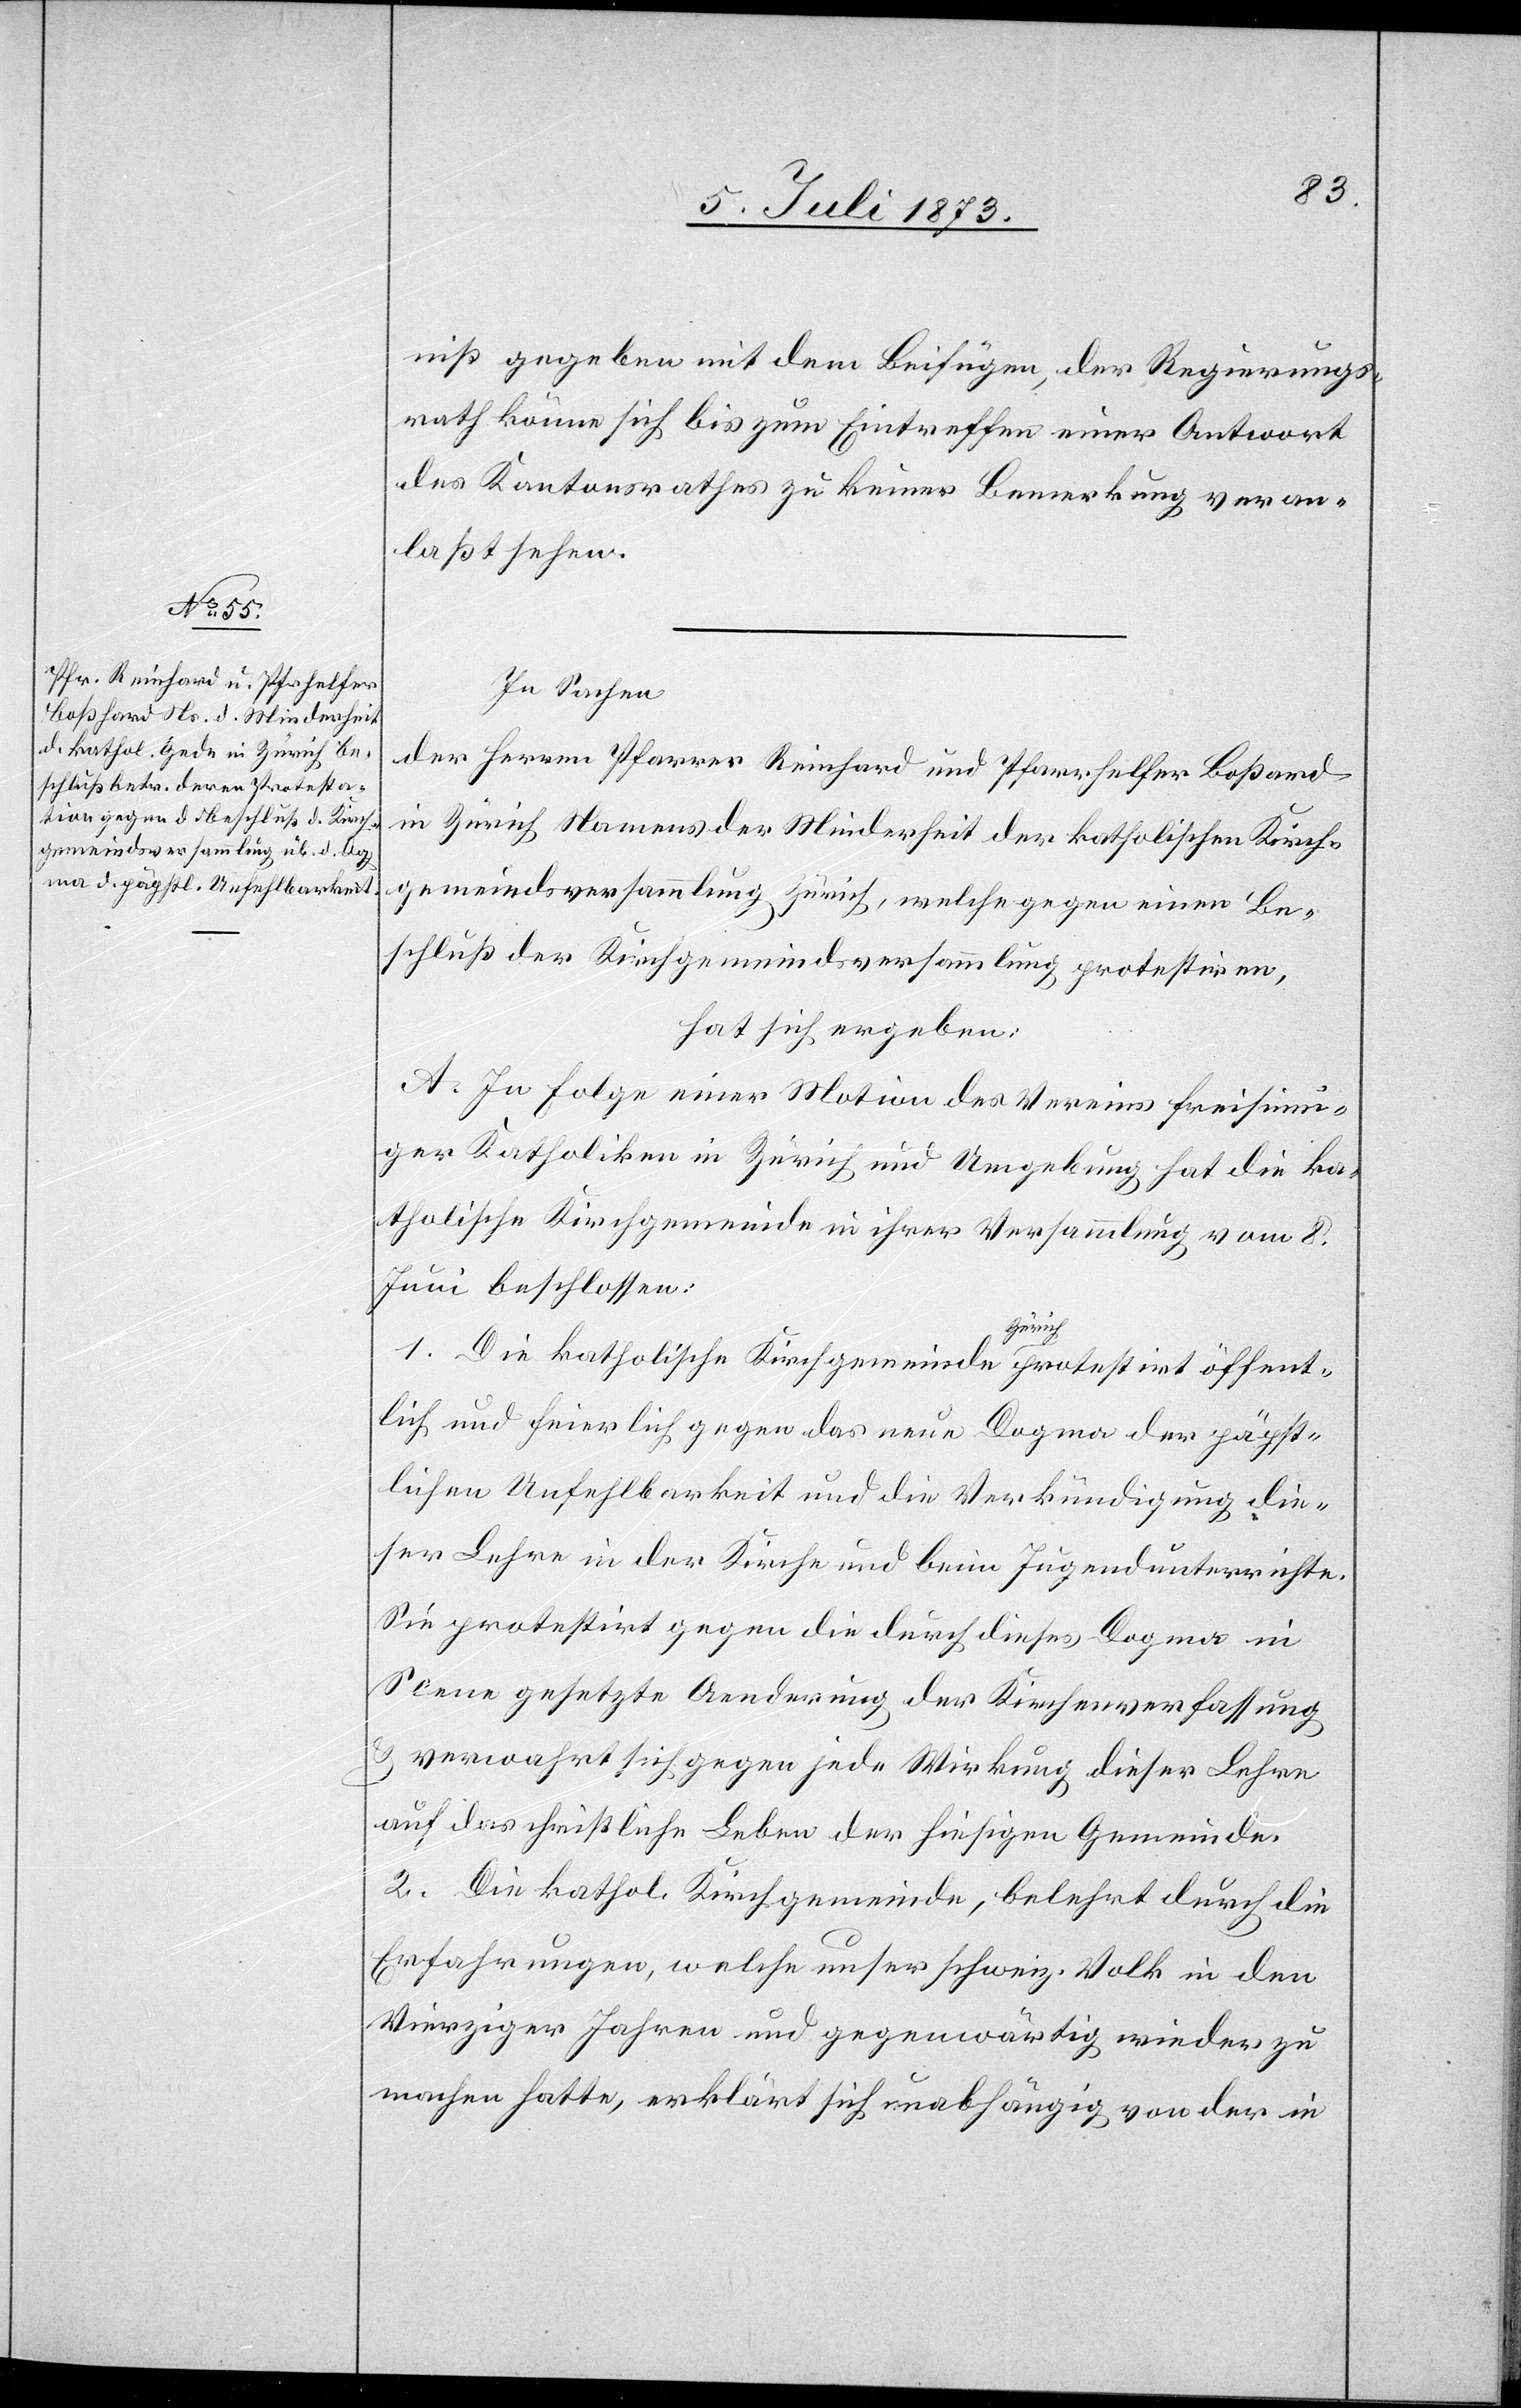
niß gegeben mit dem Beifügen, der Regierungs¬
rath könne sich bis zum Eintreffen einer Antwort
des Kantonsrathes zu keiner Bemerkung veran¬
laßt sehen.